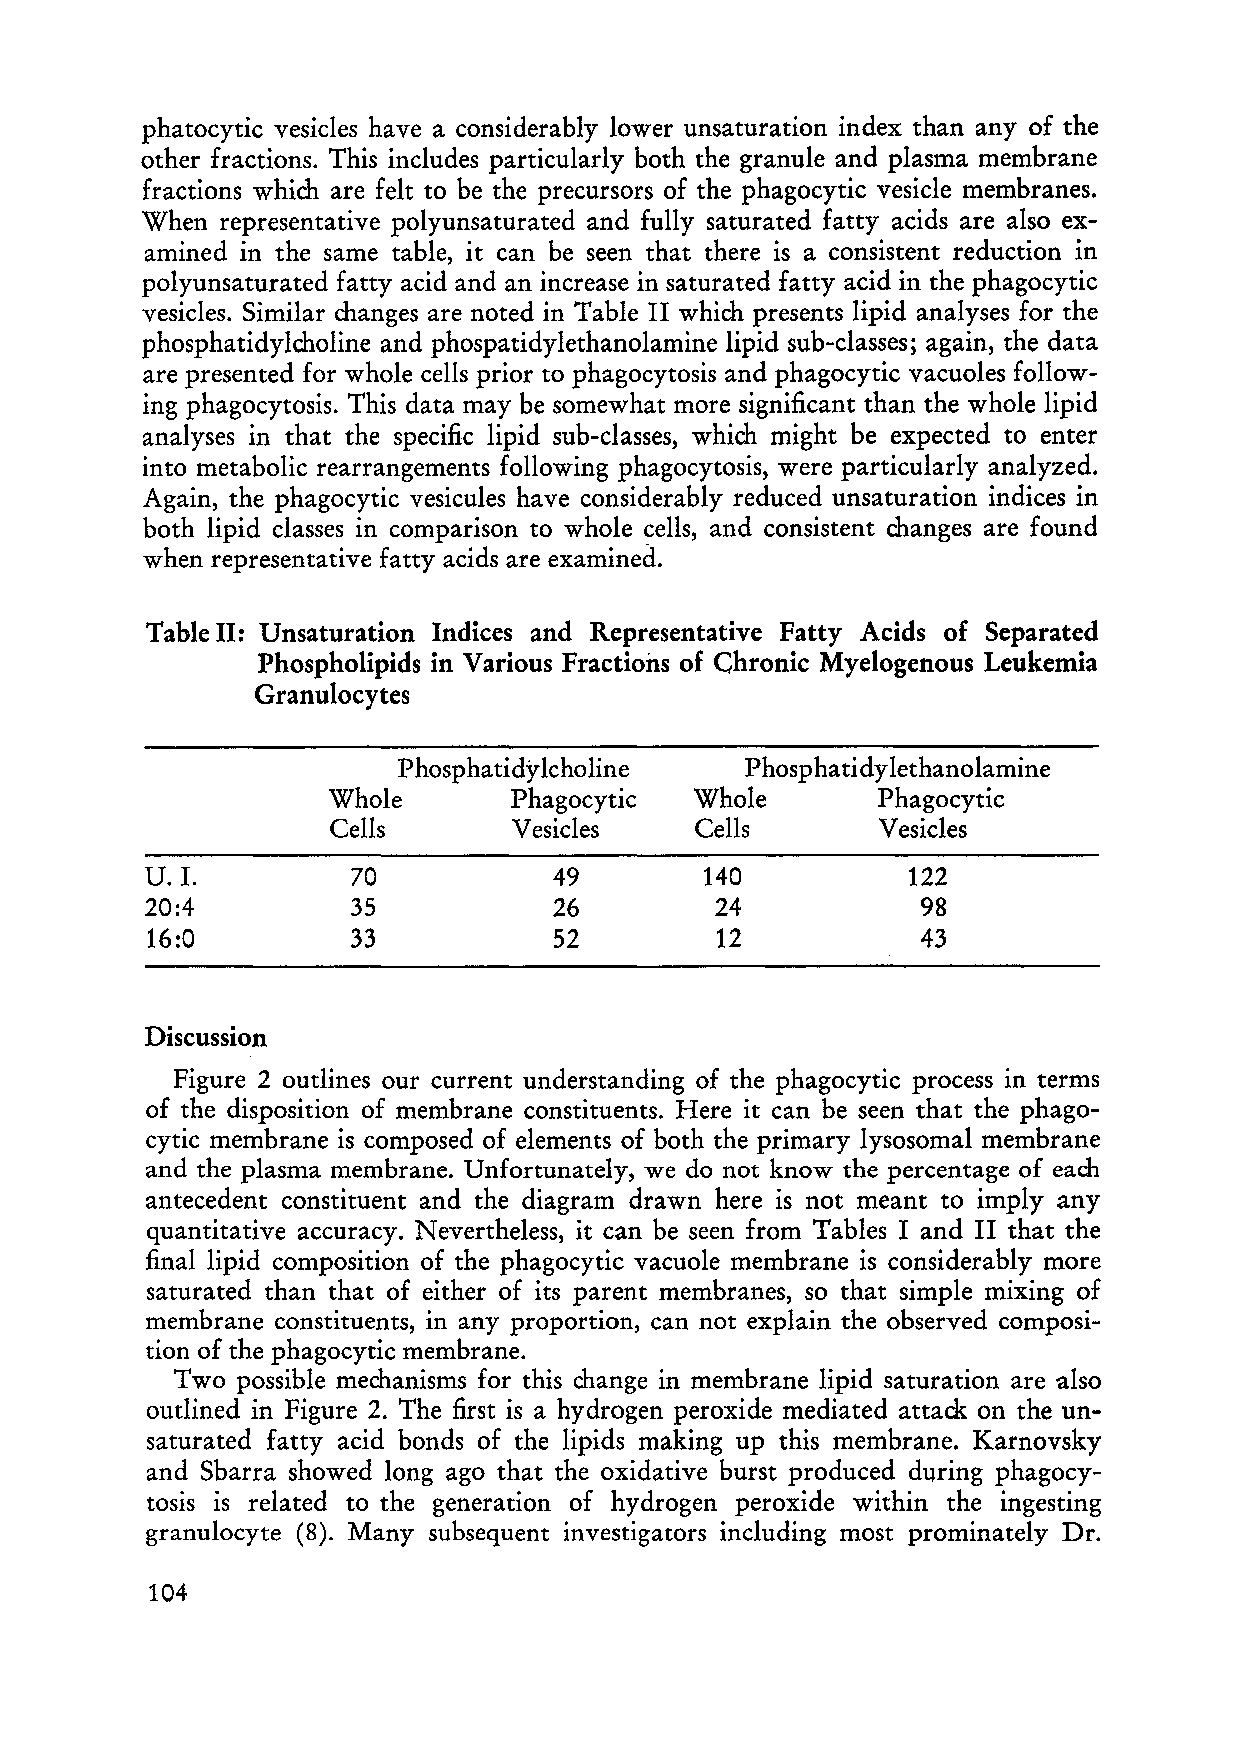
phatocytic vesicles have a considerably lower unsaturation index than any of the
 other fractions. This includes particularly both the granule and plasma membrane
 fractions which are feit to be the precursors of the phagocytic vesicle membranes.
 When representative polyunsaturated and fully saturated fatty acids are also ex
 amined in the same table, it can be seen that there is a consistent reduction in
 polyunsaturated fatty acid and an increase in saturated fatty acid in the phagocytic
 vesicles. Similar changes are noted in Table II which presents lipid analyses for the
 phosphatidylcholine and phospatidylethanolamine lipid sub-classes; again, the data
 are presented for whole cells prior to phagocytosis and phagocytic vacuoles follow
 ing phagocytosis. This data may be somewhat more significant than the whole lipid
 analyses in that the specific lipid sub-classes, which might be expected to enter
 into metabolie rearrangements following phagocytosis, were particularly analyzed.
 Again, the phagocytic vesicules have considerably reduced unsaturation indices in
 both lipid classes in comparison to whole cells, and consistent changes are found
 when representative fatty acids are examined.
 Table 11: Unsaturation Indices and Representative Fatty Acids of Separated
 Phospholipids in Various Fractions of Chronic Myelogenous Leukemia
 Granulocytes
 Phosphatidylcholine    Phosphatidy lethanolamine
 Whole       Phagocytic  Whole       Phagocytic
 Cells       Vesicles    Cells       Vesicles
 U. I.        70            49        140          122
 20:4         35            26         24           98
 16:0         33            52         12           43
 Discussion
 Figure 2 outlines our current understanding of the phagocytic process in terms
 of the disposition of membrane constituents. Here it can be seen that the phago
 cytic membrane is composed of elements of both the primary lysosomal membrane
 and the plasma membrane. Unfortunately, we do not know the percentage of each
 antecedent constituent and the diagram drawn here is not meant to imply any
 quantitative accuracy. Nevertheless, it can be seen from Tables land II that the
 final lipid composition of the phagocytic vacuole membrane is considerably more
 saturated than that of either of its parent membranes, so that simple mixing of
 membrane constituents, in any proportion, can not explain the observed composi
 tion of the phagocytic membrane.
 Two possible mechanisms for this change in membrane lipid saturation are also
 outlined in Figure 2. The first is a hydrogen peroxide mediated attack on the un
 saturated fatty acid bonds of the lipids making up this membrane. Karnovsky
 and Sbarra showed long ago that the oxidative burst produced during phagocy
 tosis is re1ated to the generation of hydrogen peroxide within the ingesting
 granulocyte (8). Many subsequent investigators including most prominately Dr.
 104